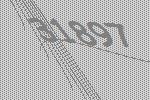
31897